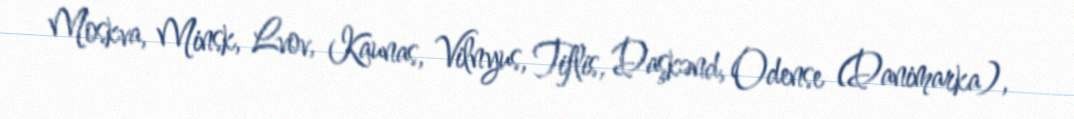
Moskva, Minsk, Lvov, Kaunas, Vilnyus, Tiflis, Daşkənd, Odense (Danimarka),